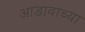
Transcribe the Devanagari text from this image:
आडावाच्या